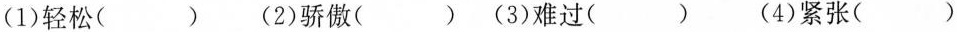
(1)轻松( )(2)骄傲( )(3)难过( ) (4)紧张( )